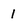
Character: I